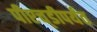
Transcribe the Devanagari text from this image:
पीएच्‌डीपर्यंत